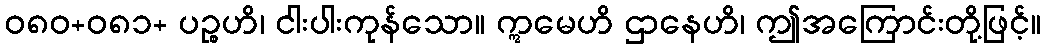
ဝ၈၀+၀၈၁+ ပဉ္စဟိ၊ ငါးပါးကုန်သော။ ဣမေဟိ ဌာနေဟိ၊ ဤအကြောင်းတို့ဖြင့်။